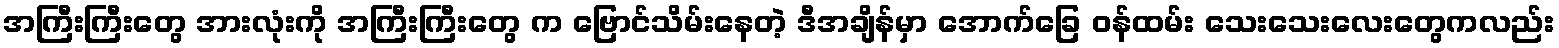
အကြီးကြီးတွေ အားလုံးကို အကြီးကြီးတွေ က ဗြောင်သိမ်းနေတဲ့ ဒီအချိန်မှာ အောက်ခြေ ဝန်ထမ်း သေးသေးလေးတွေကလည်း